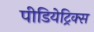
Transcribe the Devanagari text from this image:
पीडियेट्रिक्स